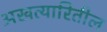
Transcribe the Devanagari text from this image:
अखत्यारितील